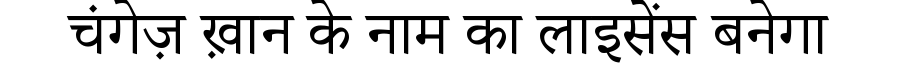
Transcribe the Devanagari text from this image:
चंगेज़ ख़ान के नाम का लाइसेंस बनेगा